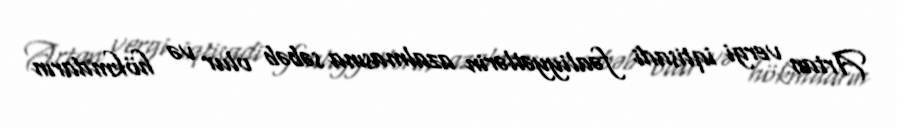
Artan vergi iqtisadi fəaliyyətlərin azalmasına səbəb olur və hökmdarın